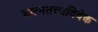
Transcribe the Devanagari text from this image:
आत्मतत्त्वविवेक